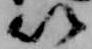
以